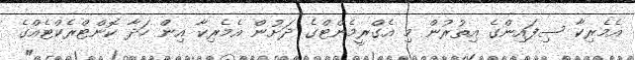
އެމެރިކާ ސިފައިންގެ އިތުރުން މި އެގްރީމެންޓްގެ ދަށުން އެމެރިކާ އިން ހަދާ ކޮންޓްރެކްޓެއްގެ